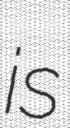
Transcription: is